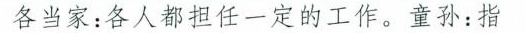
各当家：各人都担任一定的工作。童孙：指